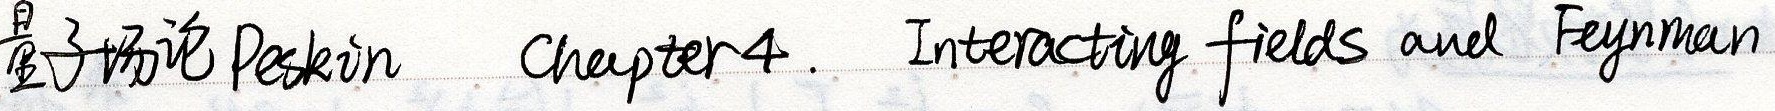
量子场论 Peskin Chapter 4. Interacting fields and Feynman